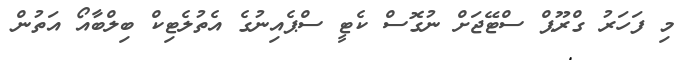
މި ފަހަރު ގްރޫޕް ސްޓޭޖަށް ނުގޮސް ކެޓީ ސްޕެއިނުގެ އެތުލެޓިކް ބިލްބާއޯ އަތުން